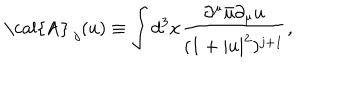
\mathrm { ~ \cal { A } ~ } _ { j } ( u ) \equiv \int d ^ { 3 } x \frac { \partial ^ { \mu } \bar { u } \partial _ { \mu } u } { ( 1 + | u | ^ { 2 } ) ^ { j + 1 } } ,